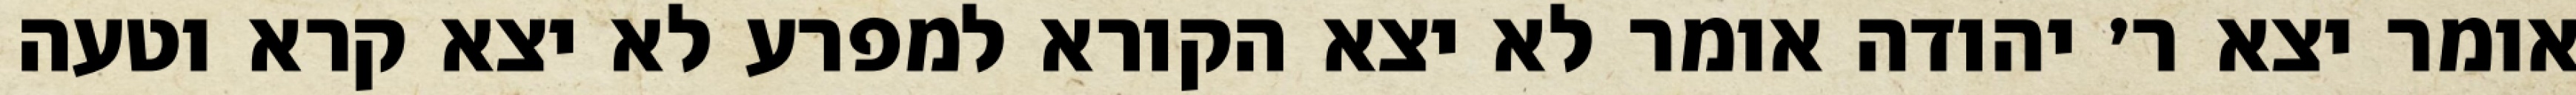
אומר יצא ר׳ יהודה אומר לא יצא הקורא למפרע לא יצא קרא וטעה